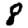
Digit: 8